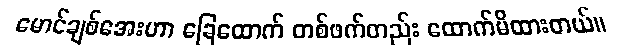
မောင်ချစ်အေးဟာ ခြေထောက် တစ်ဖက်တည်း ထောက်မိထားတယ်။